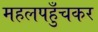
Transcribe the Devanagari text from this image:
महलपहुँचकर